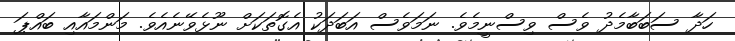
ހަދާ ސަބަބާމެދު ވެސް ވިސްނީމެވެ. ނަމަވެސް އަބަދަކު އެގޮތަކަށް ނޫޅެވޭނެއެވެ. މަންމައާއި ބައްޕަ